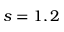
s = 1 , 2